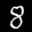
Label: 8